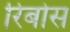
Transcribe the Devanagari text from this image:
रिबोस